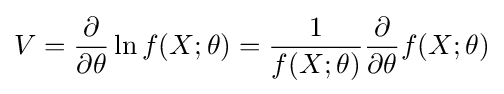
V={\frac {\partial }{\partial \theta }}\ln f(X;\theta )={\frac {1}{f(X;\theta )}}{\frac {\partial }{\partial \theta }}f(X;\theta )